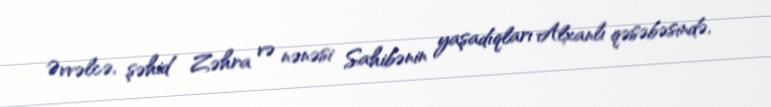
Əvvəlcə, şəhid Zəhra və nənəsi Sahibənin yaşadıqları Alxanlı qəsəbəsində,